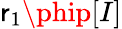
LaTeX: \mathsf{r}_{1}\phip[I]